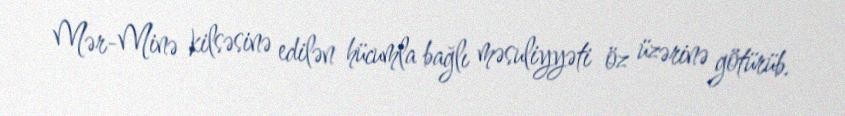
Mər-Minə kilsəsinə edilən hücumla bağlı məsuliyyəti öz üzərinə götürüb.